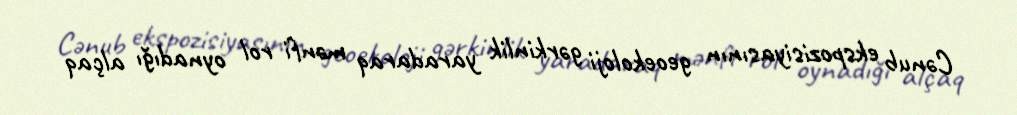
Cənub ekspozisiyasının geoekoloji gərkinlik yaradaraq mənfi rol oynadığı alçaq